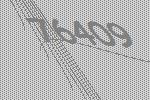
76409